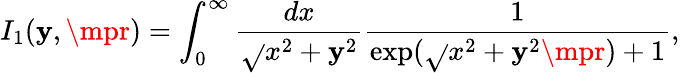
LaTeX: I_{1}(\mathbf{y},\mpr)=\int_{0}^{\infty}\frac{{dx}}{{\sqrt{}{{x^{2}+\mathbf{y}^{2}}}}}\frac{{1}}{{\exp(\sqrt{}{{x^{2}+\mathbf{y}^{2}}}\mpr)+1}},